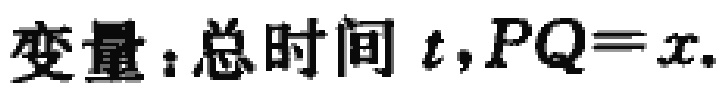
变量：总时间 \(t,PQ = x\).